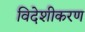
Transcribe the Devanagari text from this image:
विदेशीकरण